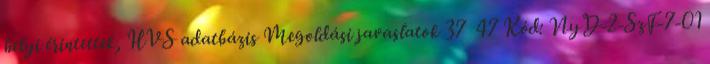
helyi érintettek, HVS adatbázis Megoldási javaslatok 37 47 Kód: NyD-2-SzF-7-01